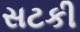
સટકી